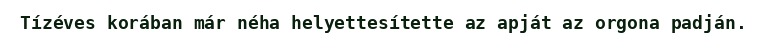
Tízéves korában már néha helyettesítette az apját az orgona padján.